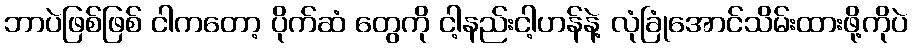
ဘာပဲဖြစ်ဖြစ် ငါကတော့ ပိုက်ဆံ တွေကို ငါ့နည်းငါ့ဟန်နဲ့ လုံခြုံအောင်သိမ်းထားဖို့ကိုပဲ